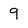
Character: 9